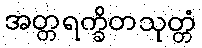
အတ္တရက္ခိတသုတ္တံ